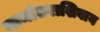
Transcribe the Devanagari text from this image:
नामांतराशिवाय